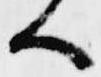
ハ